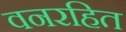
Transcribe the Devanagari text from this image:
वनरहित